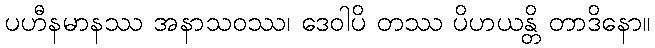
ပဟီနမာနဿ အနာသဝဿ၊ ဒေဝါပိ တဿ ပိဟယန္တိ တာဒိနော။